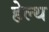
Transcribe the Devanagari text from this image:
हेल्‍थ